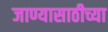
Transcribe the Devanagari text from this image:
जाण्यासाठीच्या